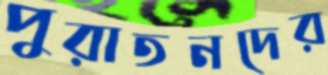
পুরাতনদের